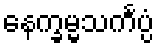
နေက္ခမ္မသင်္ကပ္ပံ